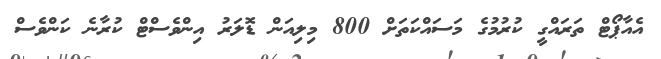
އެއާޕޯޓް ތަރައްގީ ކުރުމުގެ މަސައްކަތަށް 800 މިލިއަން ޑޮލަރު އިންވެސްޓް ކުރާނެ ކަންވެސް